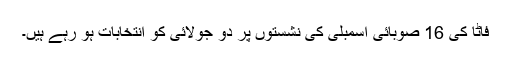
فاٹا کی 16 صوبائی اسمبلی کی نشستوں پر دو جولائی کو انتخابات ہو رہے ہیں۔